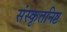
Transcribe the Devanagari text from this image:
संस्कृतनिष्ट